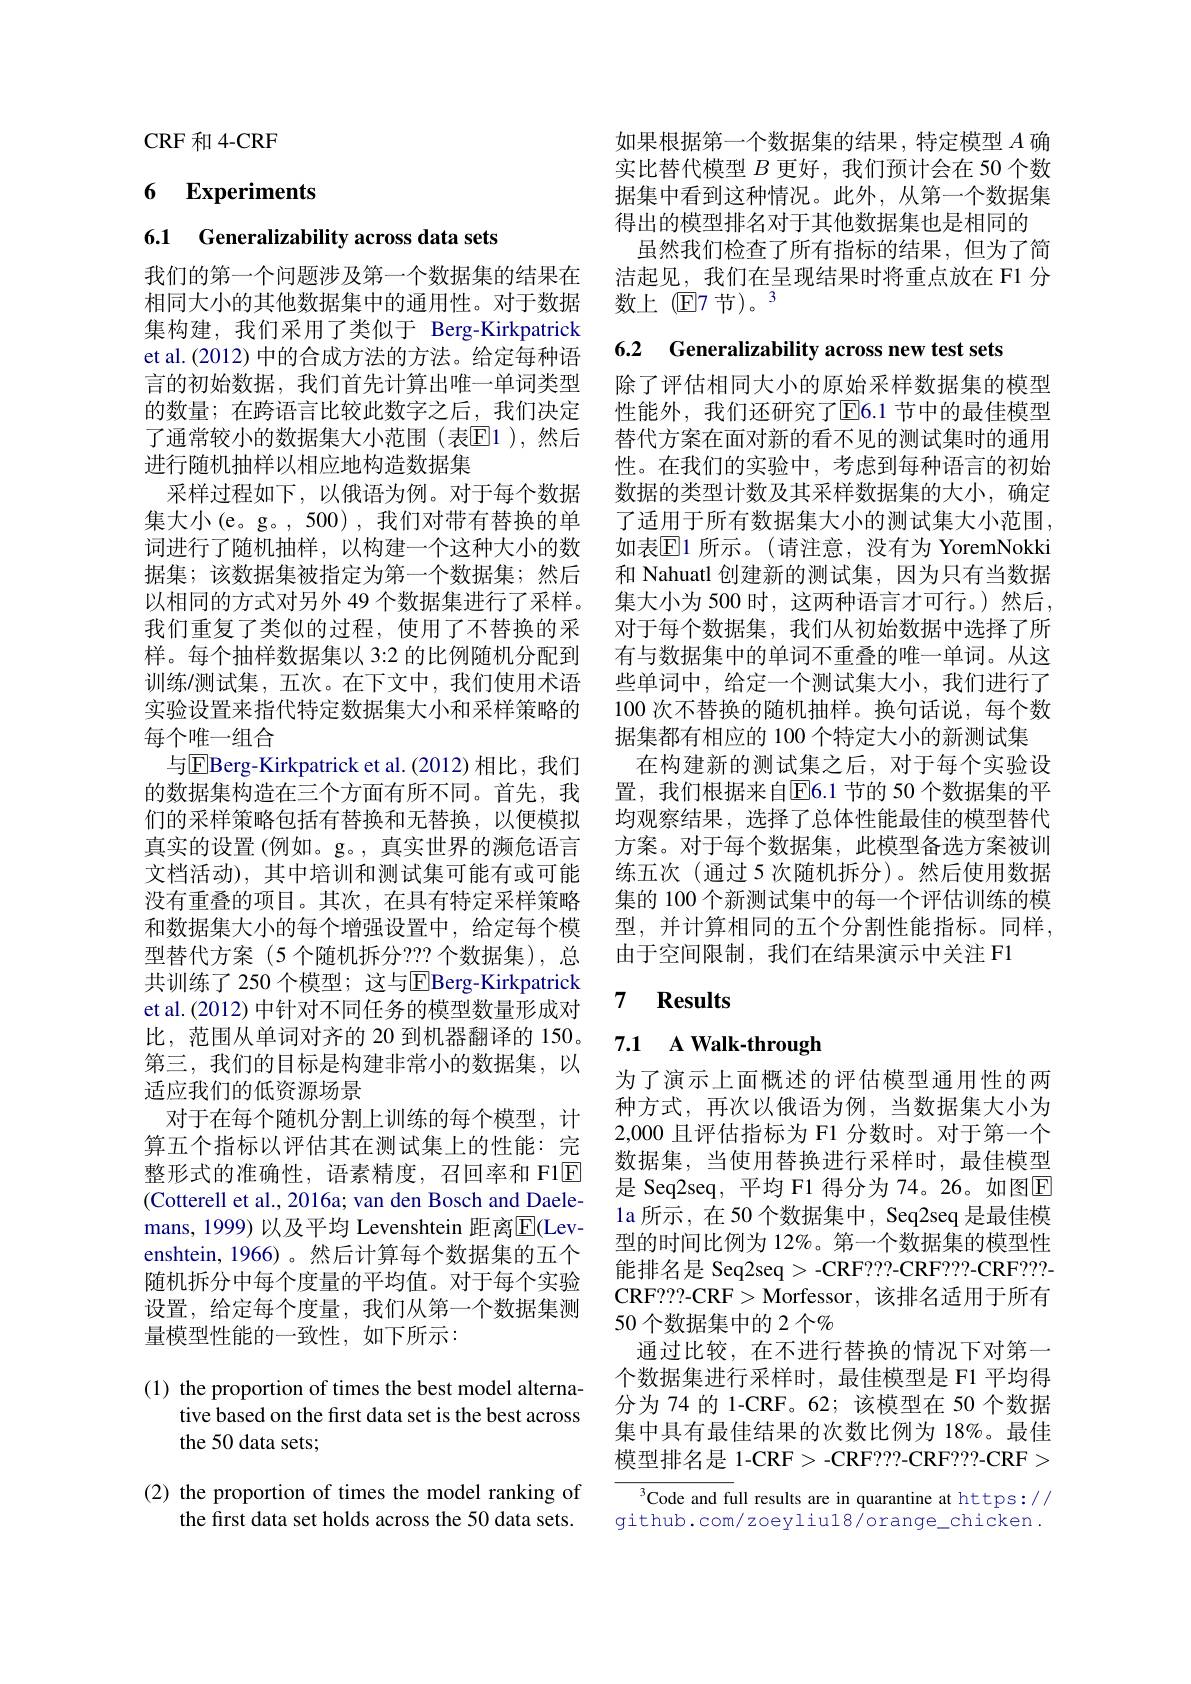
CRF和 4-CRF

# 6 Experiments

6.1 Generalizability across data sets

我们的第一个问题涉及第一个数据集的结果在相同大小的其他数据集中的通用性。对于数据集构建，我们采用了类似于 Berg-Kirkpatrick et al.(2012) 中的合成方法的方法。给定每种语言的初始数据，我们首先计算出唯一单词类型的数量；在跨语言比较此数字之后，我们决定了通常较小的数据集大小范围(表$\overline{\mathrm{E}}1)$,然后进行随机抽样以相应地构造数据集
采样过程如下，以俄语为例。对于每个数据集大小(e。g。,500),我们对带有替换的单词进行了随机抽样，以构建一个这种大小的数据集；该数据集被指定为第一个数据集；然后以相同的方式对另外 49 个数据集进行了采样。我们重复了类似的过程，使用了不替换的采样。每个抽样数据集以 3:2 的比例随机分配到训练/测试集，五次。在下文中，我们使用术语实验设置来指代特定数据集大小和采样策略的每个唯一组合
与$\boxed{\mathrm{E}}$Berg-Kirkpatrick et al.(2012)相比，我们的数据集构造在三个方面有所不同。首先，我们的采样策略包括有替换和无替换，以便模拟真实的设置(例如。g。, 真实世界的濒危语言文档活动),其中培训和测试集可能有或可能没有重叠的项目。其次，在具有特定采样策略和数据集大小的每个增强设置中，给定每个模型替代方案(5 个随机拆分？?? 个数据集),总共训练了 250 个模型；这与EBerg-Kirkpatrick et al.(2012) 中针对不同任务的模型数量形成对比，范围从单词对齐的 20 到机器翻译的 150。第三，我们的目标是构建非常小的数据集，以适应我们的低资源场景
对于在每个随机分割上训练的每个模型，计算五个指标以评估其在测试集上的性能：完整形式的准确性，语素精度，召回率和 F1$\mathbb{E}$ (Cotterell et al., 2016a; van den Bosch and Daelemans, 1999) 以及平均 Levenshtein 距离$\overline{\mathbb{E}}($Levenshtein, 1966)。然后计算每个数据集的五个随机拆分中每个度量的平均值。对于每个实验设置，给定每个度量，我们从第一个数据集测量模型性能的一致性，如下所示：

(1) the proportion of times the best model alterna-
tive based on the first data set is the best across
the 50 data sets;

(2) the proportion of times the model ranking of
the first data set holds across the 50 data sets.

如果根据第一个数据集的结果，特定模型$A$确实比替代模型$B$更好，我们预计会在 50 个数据集中看到这种情况。此外，从第一个数据集得出的模型排名对于其他数据集也是相同的
虽然我们检查了所有指标的结果，但为了简洁起见，我们在呈现结果时将重点放在 F1 分数上(E7节)。3

6.2 Generalizability across new test sets

除了评估相同大小的原始采样数据集的模型性能外，我们还研究了E6.1 节中的最佳模型替代方案在面对新的看不见的测试集时的通用性。在我们的实验中，考虑到每种语言的初始数据的类型计数及其采样数据集的大小，确定了适用于所有数据集大小的测试集大小范围， 如表$\overline{\mathrm{E}}$1 所示。(请注意，没有为 YoremNokki 和 Nahuatl 创建新的测试集，因为只有当数据集大小为 500 时，这两种语言才可行。)然后， 对于每个数据集，我们从初始数据中选择了所有与数据集中的单词不重叠的唯一单词。从这些单词中，给定一个测试集大小，我们进行了100次不替换的随机抽样。换句话说，每个数据集都有相应的 100 个特定大小的新测试集
在构建新的测试集之后，对于每个实验设置，我们根据来自$\overline{\mathrm{E}}6.1$ 节的 50 个数据集的平均观察结果，选择了总体性能最佳的模型替代方案。对于每个数据集，此模型备选方案被训练五次 (通过 5 次随机拆分)。然后使用数据集的 100 个新测试集中的每一个评估训练的模型，并计算相同的五个分割性能指标。同样， 由于空间限制，我们在结果演示中关注 F1

### 7 $\textbf{Results}$

## 7.1 A Walk-through

为了演示上面概述的评估模型通用性的两种方式，再次以俄语为例，当数据集大小为2,000 且评估指标为 F1 分数时。对于第一个数据集，当使用替换进行采样时，最佳模型是 Seq2seq, 平均 F1 得分为 74。26。如图$\mathbb{E}$ la 所示，在 50 个数据集中，Seq2seq 是最佳模型的时间比例为 12%。第一个数据集的模型性能排名是 Seq2seq> -CRF???-CRF???-CRF???- CRF? ? ? - CRF> Morfessor, 该排名适用于所有50 个数据集中的 2 个$\%$
通过比较，在不进行替换的情况下对第一个数据集进行采样时，最佳模型是 F1 平均得分为 74 的 1-CRF。62; 该模型在 50 个数据集中具有最佳结果的次数比例为 18%。最佳模型排名是 1-CRF> -CRF???-CRF???-CRF>

${\overline{{^3}\text{Code and full results are in quarantine at https://}}}$ github.com/zoeyliul8/orange_chicken.